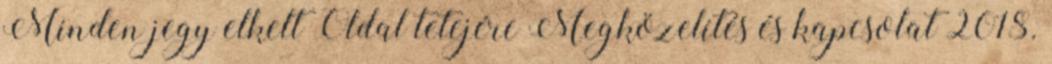
Minden jegy elkelt Oldal tetejére Megközelítés és kapcsolat 2018.